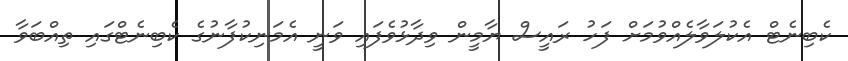
ކެބިނެޓް އެކުލަވާލެއްވުމަށް ފަހު ރައީސް ޔާމީން ވިދާޅުވެފައި ވަނީ އެމަނިކުފާނުގެ ކެބިނެޓްގައި ތިއްބަވާ